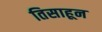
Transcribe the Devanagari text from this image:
तिसाहून